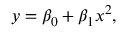
y = \beta _ { 0 } + \beta _ { 1 } x ^ { 2 } ,